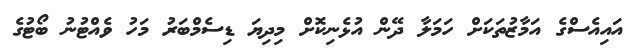
އައިއެސްގެ އަމާޒުތަކަށް ހަމަލާ ދޭން އުޅެނިކޮށް މިދިޔަ ޑިސެމްބަރު މަހު ވެއްޓުނު ބޯޓުގެ